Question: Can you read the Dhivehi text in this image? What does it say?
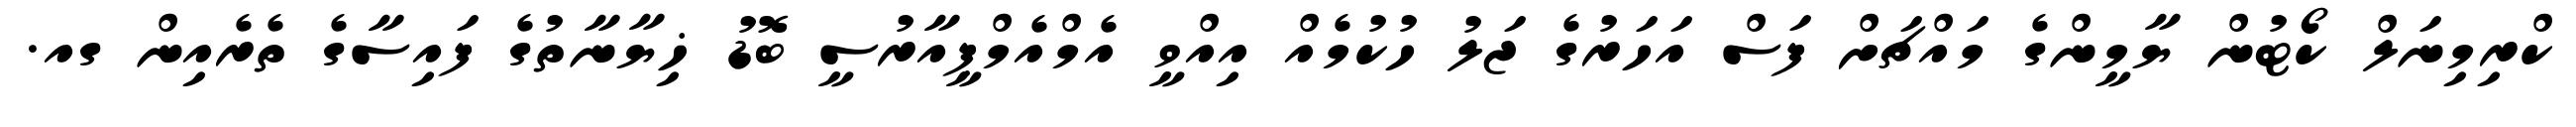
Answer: ކްރިމިނަލް ކޯޓުން ޔާމީންގެ މައްޗަށް ފަސް އަހަރުގެ ޖަލު ހުކުމެއް އިއްވީ އެމްއެމްޕީއާރުސީ ބޮޑު ޚިޔާނާތުގެ ފައިސާގެ ތެރެއިން ގއ.